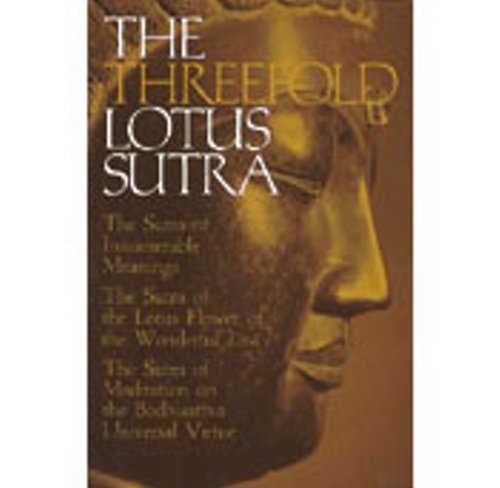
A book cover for The Threefold Lotus Sutra; Bunno Kato; Religion & Spirituality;